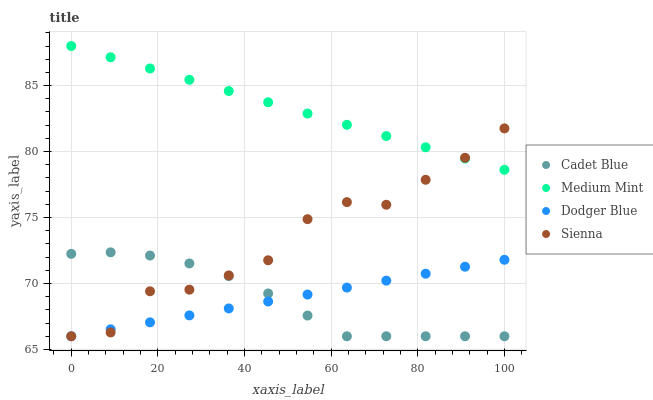
| xaxis_label | Cadet Blue | Medium Mint | Dodger Blue | Sienna |
 | --- | --- | --- | --- | --- |
 | 0 | 72.2 | 88 | 66 | 66 |
 | 9.09 | 72.4 | 87.1 | 66.5 | 66.3 |
 | 18.2 | 72.1 | 86.3 | 67.1 | 69.4 |
 | 27.3 | 71.5 | 85.4 | 67.6 | 69.5 |
 | 36.4 | 70.6 | 84.6 | 68.1 | 70.6 |
 | 45.5 | 69.2 | 83.7 | 68.6 | 71.8 |
 | 54.5 | 67.6 | 82.9 | 69.2 | 74.9 |
 | 63.6 | 66 | 82 | 69.7 | 76.2 |
 | 72.7 | 66 | 81.2 | 70.2 | 76 |
 | 81.8 | 66 | 80.3 | 70.7 | 77.9 |
 | 90.9 | 66 | 79.5 | 71.3 | 79.5 |
 | 100 | 66 | 78.6 | 71.8 | 81.8 |